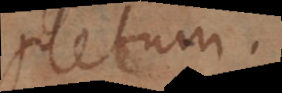
pletum.